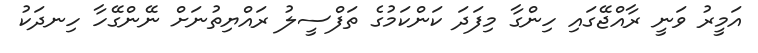
އަމީރު ވަނީ ރާއްޖޭގައި ހިންގާ މިފަދަ ކަންކަމުގެ ތަފްސީލު ރައްޔިތުނަށް ނޭންގޭހާ ހިނދަކު